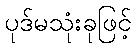
ပုဒ်မသုံးခုဖြင့်